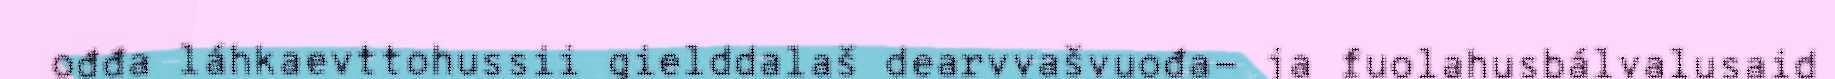
ođđa láhkaevttohussii gielddalaš dearvvašvuođa- ja fuolahusbálvalusaid